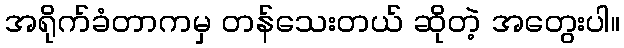
အရိုက်ခံတာကမှ တန်သေးတယ် ဆိုတဲ့ အတွေးပါ။